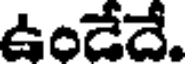
ఉండేదే.